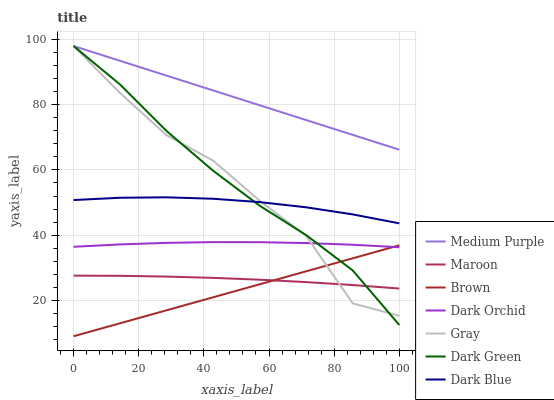
| xaxis_label | Medium Purple | Maroon | Brown | Dark Orchid | Gray | Dark Green | Dark Blue |
 | --- | --- | --- | --- | --- | --- | --- | --- |
 | 0 | 98 | 27.6 | 9 | 36.4 | 98 | 98 | 50.8 |
 | 14.3 | 93.5 | 27.5 | 13 | 37.2 | 83.6 | 86.2 | 51.5 |
 | 28.6 | 88.9 | 27.3 | 17 | 37.6 | 70.6 | 71.9 | 51.6 |
 | 42.9 | 84.4 | 26.9 | 21 | 37.9 | 62.8 | 59.7 | 51.2 |
 | 57.1 | 79.8 | 26.3 | 24.9 | 37.8 | 50.6 | 49 | 50.1 |
 | 71.4 | 75.3 | 25.6 | 28.9 | 37.6 | 39.7 | 40 | 48.5 |
 | 85.7 | 70.7 | 24.7 | 32.9 | 37.1 | 19.1 | 29.2 | 46.4 |
 | 100 | 66.2 | 23.6 | 36.9 | 36.3 | 15.3 | 12.4 | 43.6 |